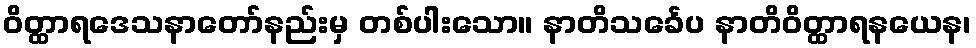
ဝိတ္ထာရဒေသနာတော်နည်းမှ တစ်ပါးသော။ နာတိသင်္ခေပ နာတိဝိတ္ထာရနယေန၊